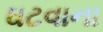
ઘટવાના